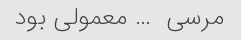
مرسی ‌ … معمولی بود